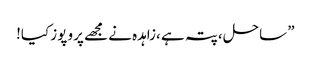
” ساحل ،پتہ ہے ،زاہدہ نے مجھے پرو پوز کیا!